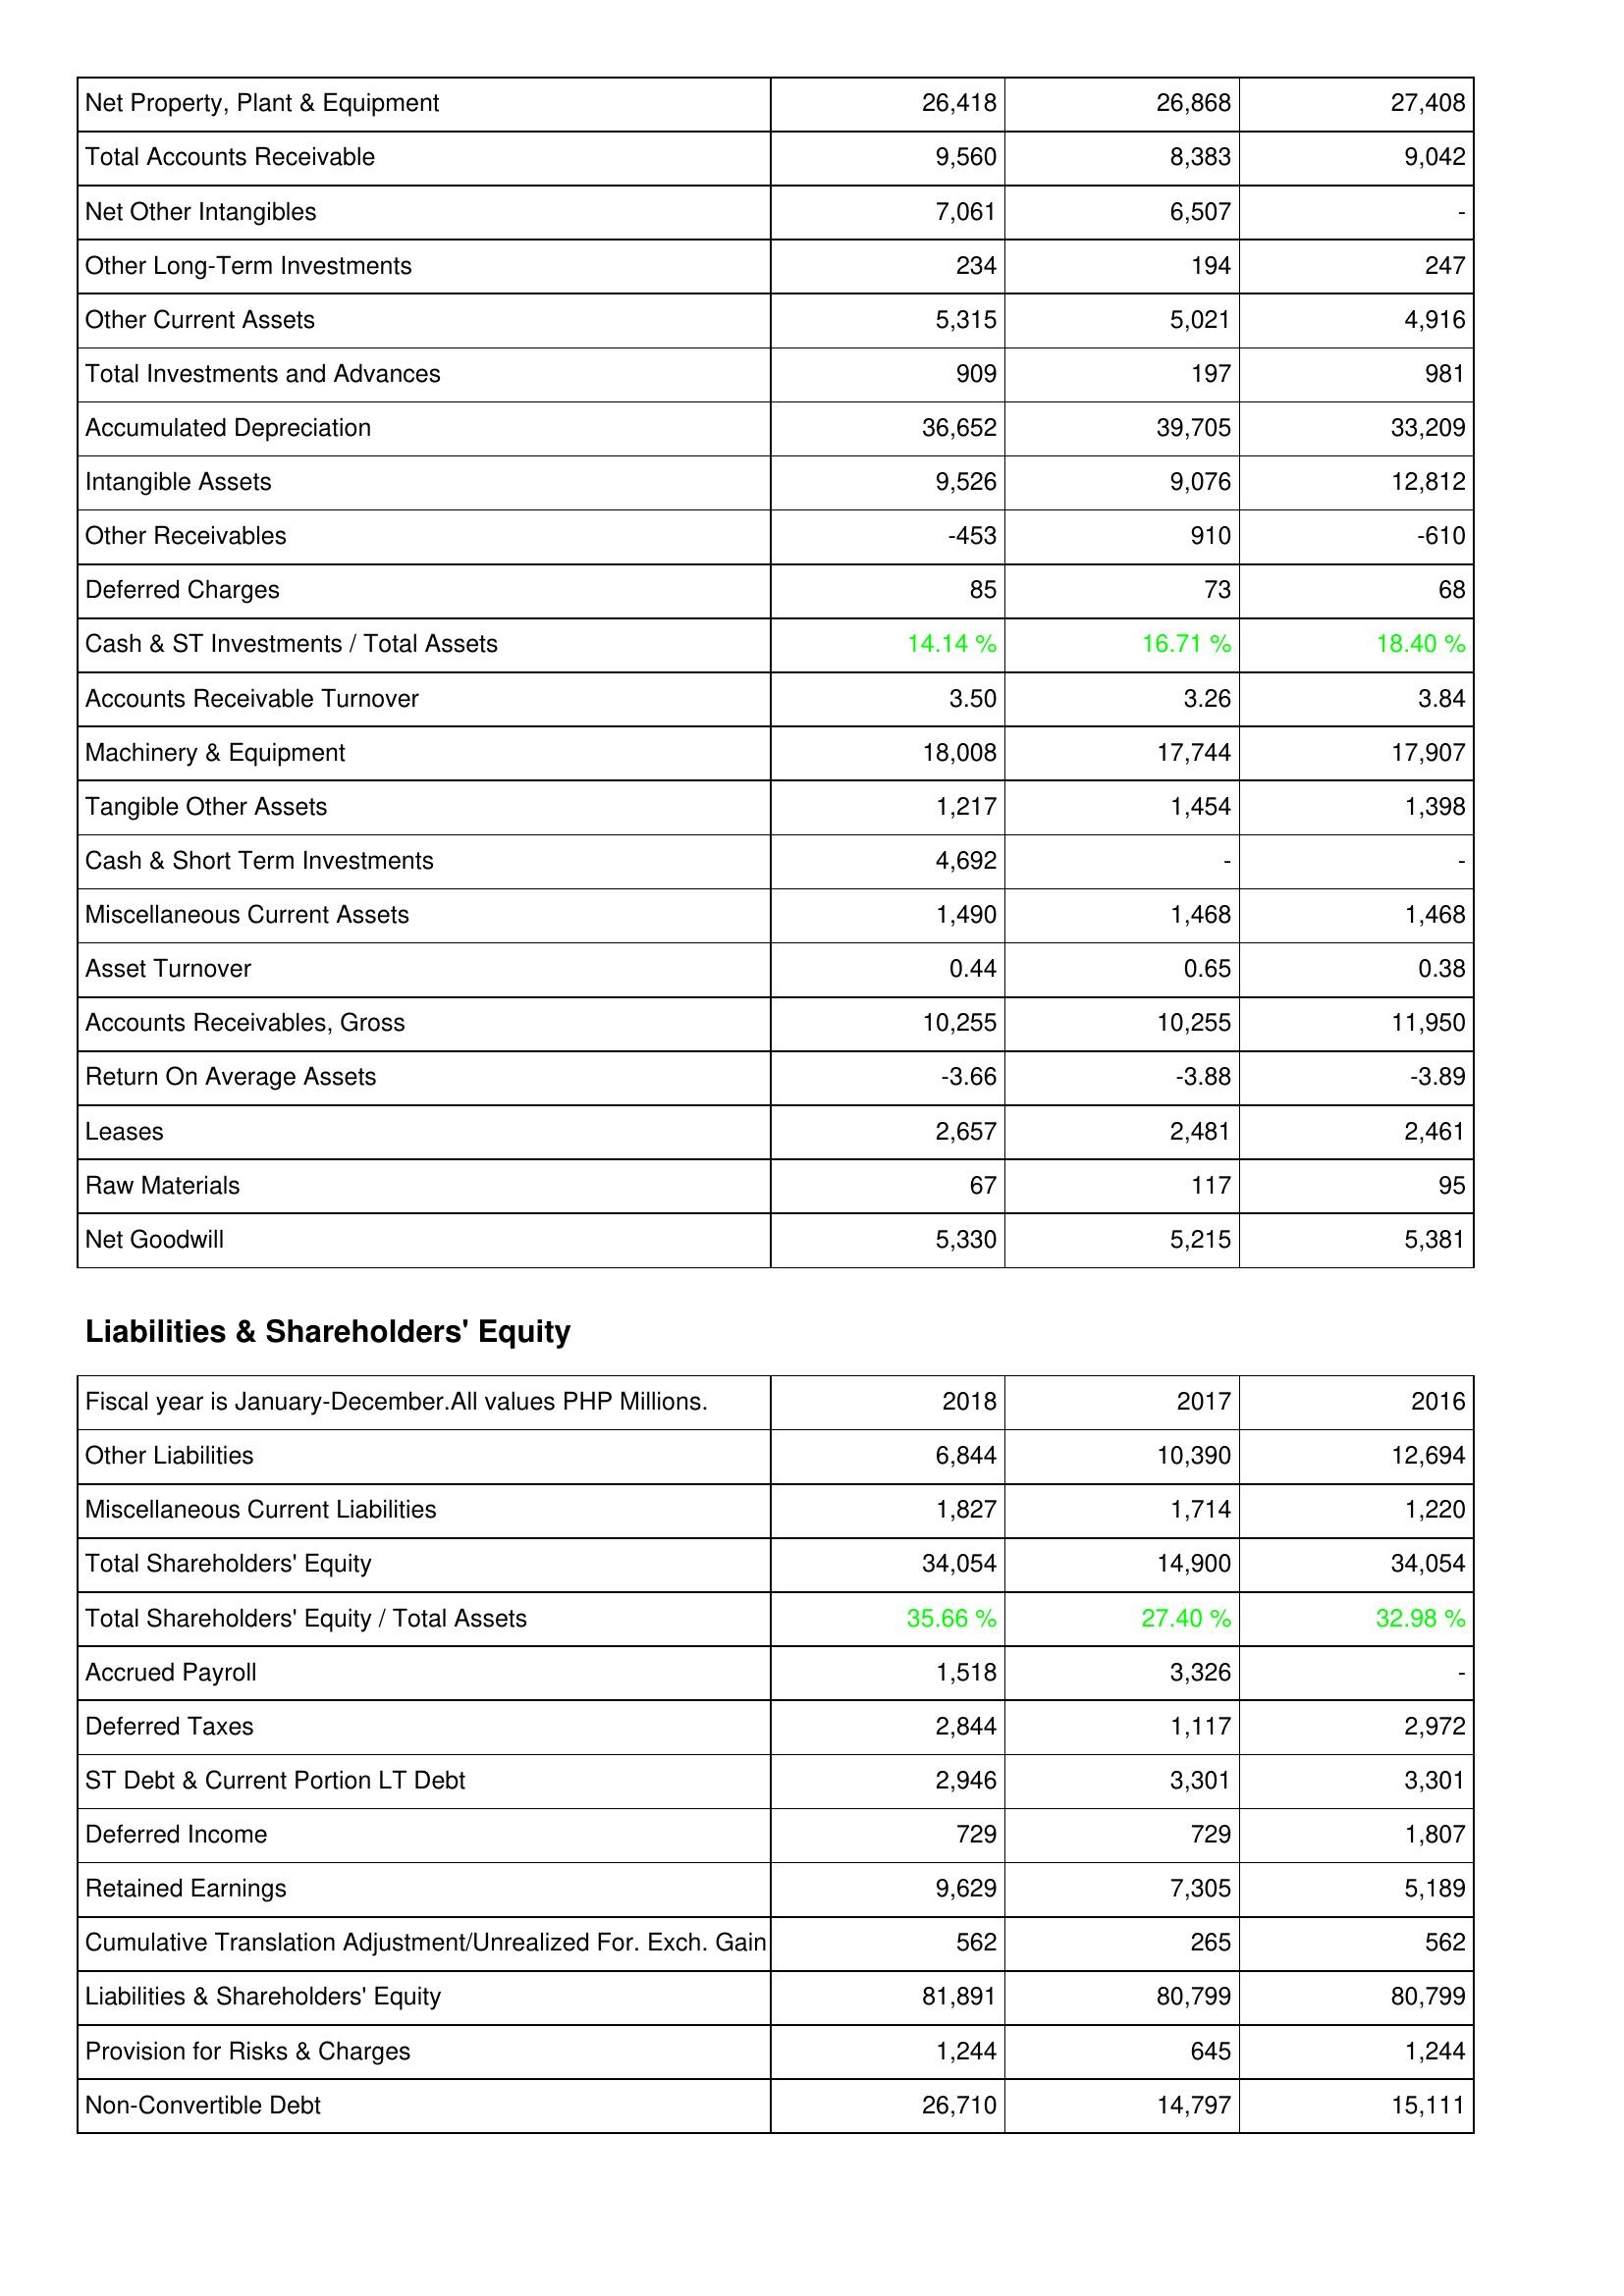
2018: Assets: Net Property, Plant & Equipment: 26,418
Total Accounts Receivable: 9,560
Net Other Intangibles: 7,061
Other Long-Term Investments: 234
Other Current Assets: 5,315
Total Investments and Advances: 909
Accumulated Depreciation: 36,652
Intangible Assets: 9,526
Other Receivables: -453
Deferred Charges: 85
Cash & ST Investments / Total Assets: 14.14 %
Accounts Receivable Turnover: 3.50
Machinery & Equipment: 18,008
Tangible Other Assets: 1,217
Cash & Short Term Investments: 4,692
Miscellaneous Current Assets: 1,490
Asset Turnover: 0.44
Accounts Receivables, Gross: 10,255
Return On Average Assets: -3.66
Leases: 2,657
Raw Materials: 67
Net Goodwill: 5,330
Liabilities & Shareholders' Equity: Other Liabilities: 6,844
Miscellaneous Current Liabilities: 1,827
Total Shareholders' Equity: 34,054
Total Shareholders' Equity / Total Assets: 35.66 %
Accrued Payroll: 1,518
Deferred Taxes: 2,844
ST Debt & Current Portion LT Debt: 2,946
Deferred Income: 729
Retained Earnings: 9,629
Cumulative Translation Adjustment/Unrealized For. Exch. Gain: 562
Liabilities & Shareholders' Equity: 81,891
Provision for Risks & Charges: 1,244
Non-Convertible Debt: 26,710
2017: Assets: Net Property, Plant & Equipment: 26,868
Total Accounts Receivable: 8,383
Net Other Intangibles: 6,507
Other Long-Term Investments: 194
Other Current Assets: 5,021
Total Investments and Advances: 197
Accumulated Depreciation: 39,705
Intangible Assets: 9,076
Other Receivables: 910
Deferred Charges: 73
Cash & ST Investments / Total Assets: 16.71 %
Accounts Receivable Turnover: 3.26
Machinery & Equipment: 17,744
Tangible Other Assets: 1,454
Cash & Short Term Investments: -
Miscellaneous Current Assets: 1,468
Asset Turnover: 0.65
Accounts Receivables, Gross: 10,255
Return On Average Assets: -3.88
Leases: 2,481
Raw Materials: 117
Net Goodwill: 5,215
Liabilities & Shareholders' Equity: Other Liabilities: 10,390
Miscellaneous Current Liabilities: 1,714
Total Shareholders' Equity: 14,900
Total Shareholders' Equity / Total Assets: 27.40 %
Accrued Payroll: 3,326
Deferred Taxes: 1,117
ST Debt & Current Portion LT Debt: 3,301
Deferred Income: 729
Retained Earnings: 7,305
Cumulative Translation Adjustment/Unrealized For. Exch. Gain: 265
Liabilities & Shareholders' Equity: 80,799
Provision for Risks & Charges: 645
Non-Convertible Debt: 14,797
2016: Assets: Net Property, Plant & Equipment: 27,408
Total Accounts Receivable: 9,042
Net Other Intangibles: -
Other Long-Term Investments: 247
Other Current Assets: 4,916
Total Investments and Advances: 981
Accumulated Depreciation: 33,209
Intangible Assets: 12,812
Other Receivables: -610
Deferred Charges: 68
Cash & ST Investments / Total Assets: 18.40 %
Accounts Receivable Turnover: 3.84
Machinery & Equipment: 17,907
Tangible Other Assets: 1,398
Cash & Short Term Investments: -
Miscellaneous Current Assets: 1,468
Asset Turnover: 0.38
Accounts Receivables, Gross: 11,950
Return On Average Assets: -3.89
Leases: 2,461
Raw Materials: 95
Net Goodwill: 5,381
Liabilities & Shareholders' Equity: Other Liabilities: 12,694
Miscellaneous Current Liabilities: 1,220
Total Shareholders' Equity: 34,054
Total Shareholders' Equity / Total Assets: 32.98 %
Accrued Payroll: -
Deferred Taxes: 2,972
ST Debt & Current Portion LT Debt: 3,301
Deferred Income: 1,807
Retained Earnings: 5,189
Cumulative Translation Adjustment/Unrealized For. Exch. Gain: 562
Liabilities & Shareholders' Equity: 80,799
Provision for Risks & Charges: 1,244
Non-Convertible Debt: 15,111